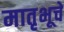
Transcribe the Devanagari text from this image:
मातृभूचे